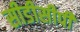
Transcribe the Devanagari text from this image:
सीडीसीपी